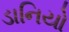
ડાનિયો